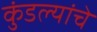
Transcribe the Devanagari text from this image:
कुंडल्यांचे